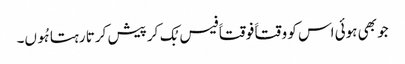
جو بھی ہوئی اس کو وقتاََ فوقتاََ فیس بُک کر پیش کرتا رہتا ہُوں۔